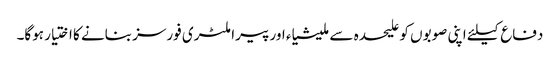
دفاع کیلئے اپنی صوبوں کو علیحدہ سے ملیشیاء اور پیرا ملٹری فورسز بنانے کا اختیار ہوگا۔